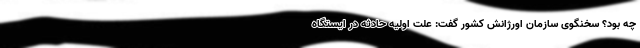
چه بود؟ سخنگوی سازمان اورژانش کشور گفت: علت اولیه حادثه در ایستگاه